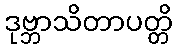
ဒုဗ္ဘာသိတာပတ္တိ